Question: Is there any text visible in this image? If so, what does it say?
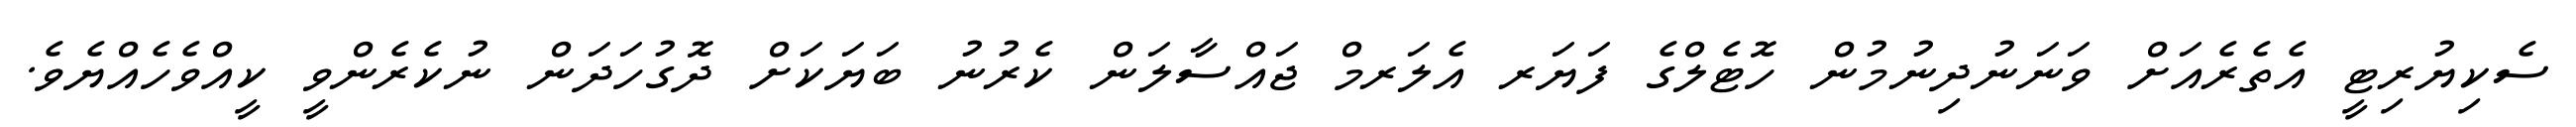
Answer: ސެކިޔުރިޓީ އެތެރެއަށް ވަނަނުދިނުމުން ހޮޓެލްގެ ފަޔަރ އެލަރމް ޖައްސާލަން ކެރުނު ބަޔަކަށް ދޮގުހަދަން ނުކެރެންވީ ކީއްވެހެއްޔެވެ.